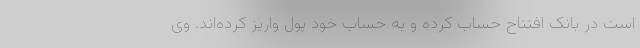
است در بانک افتتاح حساب کرده و به حساب خود پول واریز کرده‌اند. وی